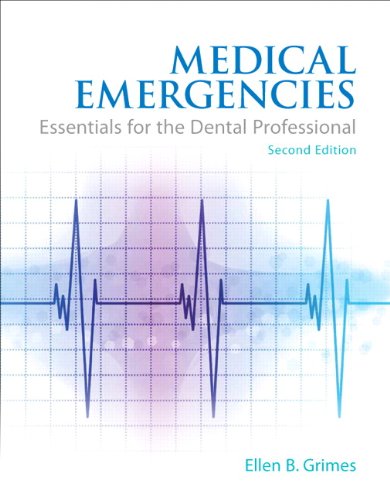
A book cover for Medical Emergencies: Essentials for the Dental Professional (2nd Edition); Ellen B. Grimes; Medical Books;